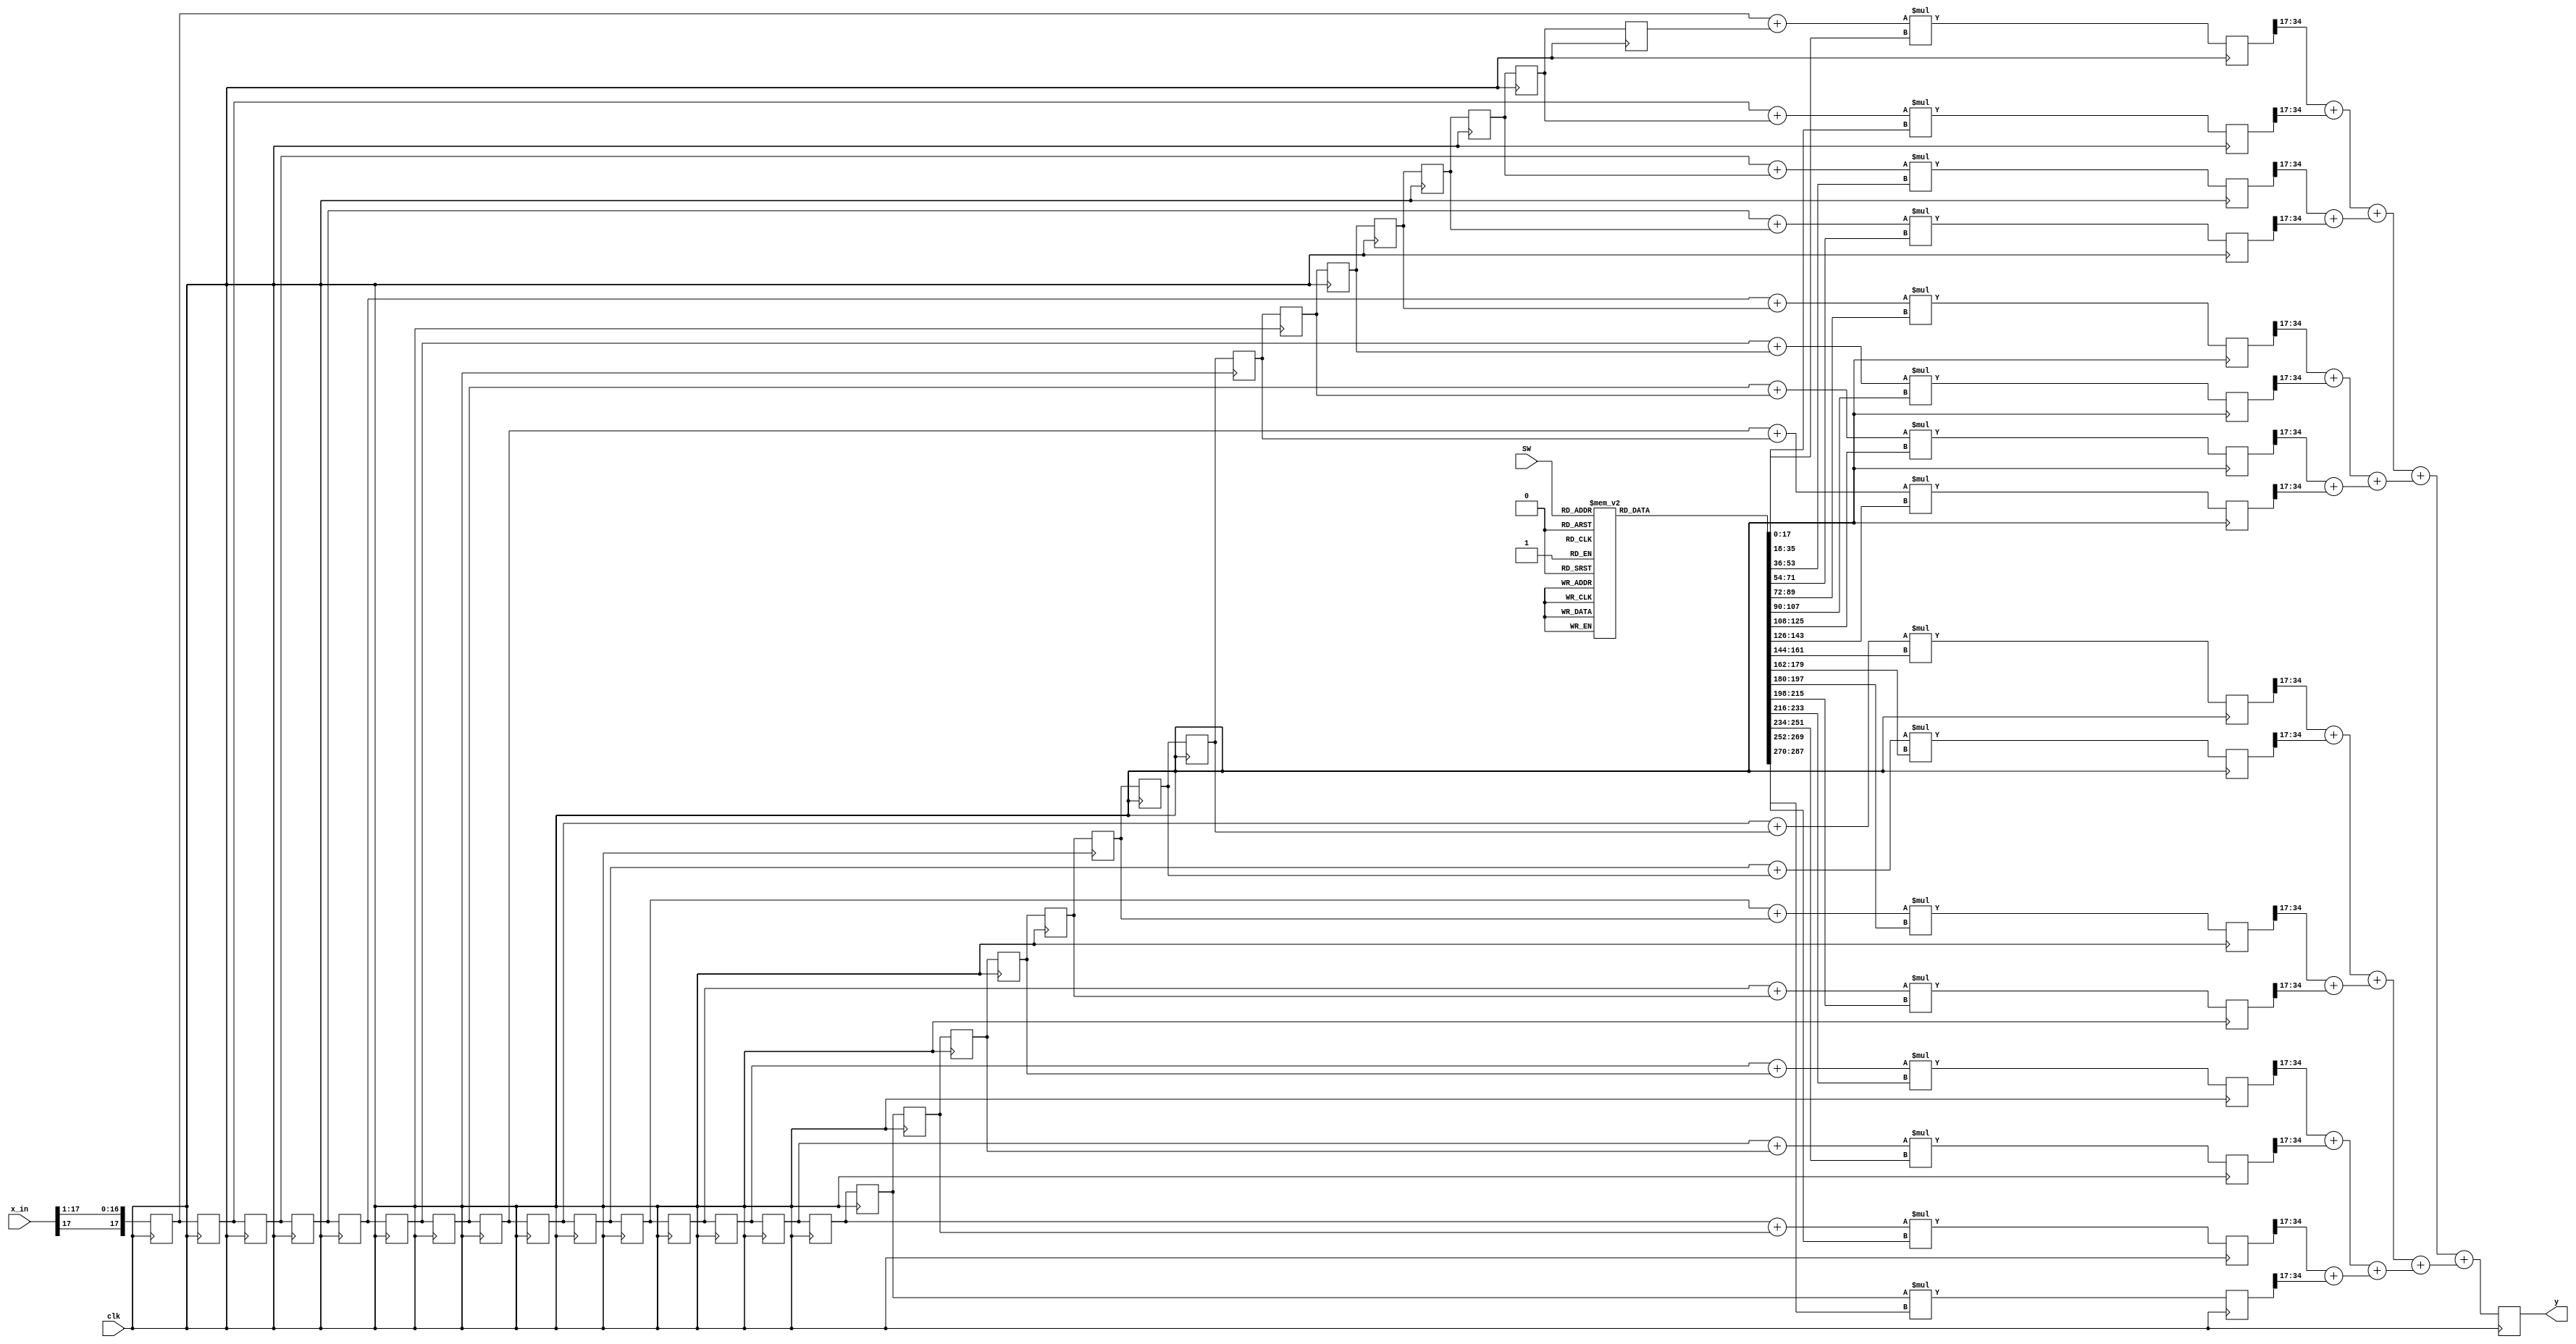
module approx_brick_wall_filt (
          input clk,
			 input [4:2] SW,
		   input signed [17:0] x_in,
		   output reg signed [17:0] y   );
			
/*
reg signed [17:0] b0, b1, b2, b3, b4, b5, b6, b7,
                  b8, b9, b10, b11, b12, b13, b14, b15;
reg signed [17:0] x0, x1, x2, x3, x4, x5, x6, x7, x8, x9,
                  x10, x11, x12, x13, x14, x15, x16, x17,
						x18, x19, 
						X20, X21, X2, X2, X2, X2, X2, 
						X2, X2, X2, 
*/
integer i;	
reg signed [17:0]	b[15:0];				 
reg signed [17:0]	x[30:0];	
reg signed [35:0] mult_out[15:0];
reg signed [17:0] sum_level_1[15:0];
reg signed [17:0] sum_level_2[7:0];
reg signed [17:0] sum_level_3[3:0];
reg signed [17:0] sum_level_4[1:0];
reg signed [17:0] sum_level_5;


always @ (posedge clk)
x[0] = { x_in[17], x_in[17:1]}; // sign extend input

always @ (posedge clk)
	begin
		for(i=1; i<31;i=i+1)
			x[i] <= x[i-1];
	end


always @ *
	for(i=0;i<=14;i=i+1)
		sum_level_1[i] = x[i]+x[30-i];

always @ *
	sum_level_1[15] = x[15];

// **** See lab 4's verilog files on structure ****
always @ (posedge clk)		//this was originally commented out, not sure if i should use it or not??
//always @ *
	for(i=0;i<=15; i=i+1)
		mult_out[i] = sum_level_1[i] * b[i];


always @ *
	for(i=0;i<=7;i=i+1)
		sum_level_2[i] = mult_out[2*i][34:17] + mult_out[2*i+1][34:17];



always @ *
	for(i=0;i<=3;i=i+1)
		sum_level_3[i] = sum_level_2[2*i] + sum_level_2[2*i+1];
			


always @ *
	for(i=0;i<=1;i=i+1)
		sum_level_4[i] = sum_level_3[2*i] + sum_level_3[2*i+1];


always @ *
	sum_level_5 = sum_level_4[0] + sum_level_4[1];

always @ (posedge clk)
y = sum_level_5;


//Lab 5
always @ *
	case(SW[4:2])
	
//Hann
   3'H0: begin
		b[0] =  18'sd   0;
		b[1] =  -18'sd   59;
		b[2] =  -18'sd   178;
		b[3] =   18'sd		  0;
		b[4] =   18'sd   804;
		b[5] =   18'sd	  1891;
		b[6] =   18'sd   2053;
		b[7] =   18'sd		  0;
		b[8] =  -18'sd   4220;
		b[9] =  -18'sd   8252;
		b[10] = -18'sd   8023;
		b[11] =  18'sd		  0;
		b[12] =  18'sd  16127;
		b[13] =  18'sd  36187;
		b[14] =  18'sd  52904;
		b[15]=   18'sd  59411;
		end
		
//Kaiser equivalent of a Hann window
	3'H1: begin
		b[0] =  -18'sd   356;
		b[1] =  -18'sd   831;
		b[2] =  -18'sd   889;
		b[3] =   18'sd		  0;
		b[4] =   18'sd   1757;
		b[5] =   18'sd	  3338;
		b[6] =   18'sd   3110;
		b[7] =   18'sd		  0;
		b[8] =  -18'sd   5235;
		b[9] =  -18'sd   9584;
		b[10] = -18'sd   8861;
		b[11] =  18'sd		  0;
		b[12] =  18'sd  16678;
		b[13] =  18'sd  36721;
		b[14] =  18'sd  53096;
		b[15]=   18'sd  59411;
		end

//Hamming
	3'H2: begin
		b[0] =  -18'sd   285;
		b[1] =  -18'sd   487;
		b[2] =  -18'sd   493;
		b[3] =   18'sd		  0;
		b[4] =   18'sd   1129;
		b[5] =   18'sd	  2345;
		b[6] =   18'sd  2364;
		b[7] =   18'sd		  0;
		b[8] =  -18'sd   4494;
		b[9] =  -18'sd   8600;
		b[10] = -18'sd   8237;
		b[11] =  18'sd		  0;
		b[12] =  18'sd   16263;
		b[13] =  18'sd  36318;
		b[14] =  18'sd  52951;
		b[15]=   18'sd  59411;
		end
		
//Kaiser equivalent of a Hamming window
	3'H3: begin
		b[0] =  -18'sd   148;
		b[1] =  -18'sd   431;
		b[2] =  -18'sd   532;
		b[3] =   18'sd		  0;
		b[4] =   18'sd   1267;
		b[5] =   18'sd	  2574;
		b[6] =   18'sd   2537;
		b[7] =   18'sd		  0;
		b[8] =  -18'sd   4655;
		b[9] =  -18'sd  8805;
		b[10] = -18'sd  8362;
		b[11] =  18'sd		  0;
		b[12] =  18'sd  16339;
		b[13] =  18'sd  36390;
		b[14] =  18'sd  52976;
		b[15]=   18'sd  59411;
		end

//Blackman
	3'H4: begin
		b[0] =  -18'sd   0;
		b[1] =  -18'sd   22;
		b[2] =  -18'sd   69;
		b[3] =   18'sd		  0;
		b[4] =   18'sd   375;
		b[5] =   18'sd	  983;
		b[6] =   18'sd  1193;
		b[7] =   18'sd		  0;
		b[8] =  -18'sd   3011;
		b[9] =  -18'sd   6427;
		b[10] = -18'sd   6740;
		b[11] =  18'sd		  0;
		b[12] =  18'sd   15141;
		b[13] =  18'sd  35186;
		b[14] =  18'sd  52534;
		b[15]=   18'sd  59411;
		end
		
//Kaiser equivalent of a Blackman window
	3'H5: begin
		b[0] =  -18'sd   20;
		b[1] =  -18'sd   104;
		b[2] =  -18'sd   175;
		b[3] =   18'sd		  0;
		b[4] =   18'sd   626;
		b[5] =   18'sd	  1470;
		b[6] =   18'sd   1634;
		b[7] =   18'sd		  0;
		b[8] =  -18'sd   3612;
		b[9] =  -18'sd   7331;
		b[10] = -18'sd   7375;
		b[11] =  18'sd		  0;
		b[12] =  18'sd  15631;
		b[13] =  18'sd  35684;
		b[14] =  18'sd  52718;
		b[15]=   18'sd  59411;
		end

//Rectangular
	3'H6: begin
		b[0] =  -18'sd   3566;
		b[1] =  -18'sd   5403;
		b[2] =  -18'sd   4114;
		b[3] =   18'sd		  0;
		b[4] =   18'sd   4863;
		b[5] =   18'sd	  7564;
		b[6] =   18'sd   5943;
		b[7] =   18'sd		  0;
		b[8] =  -18'sd   7641;
		b[9] =  -18'sd  12607;
		b[10] = -18'sd  10698;
		b[11] =  18'sd		  0;
		b[12] =  18'sd  17829;
		b[13] =  18'sd  37822;
		b[14] =  18'sd  53488;
		b[15]=   18'sd  59411;
		end
		
//Kaiser window for pre-lab design filter
	3'H7: begin
		b[0] =  18'sd   0;
		b[1] =  18'sd   518;
		b[2] =  18'sd   1343;
		b[3] =   18'sd		1569;
		b[4] =   18'sd  0;
		b[5] =   -18'sd	3603;
		b[6] =   -18'sd   7352;
		b[7] =   -18'sd		  7408;
		b[8] =  18'sd   0;
		b[9] =  18'sd  15673;
		b[10] = 18'sd  35732;
		b[11] =  18'sd		52737;
		b[12] =  18'sd  59411;
		b[13] =  18'sd  52737;
		b[14] =  18'sd  35732;
		b[15]=   18'sd  15673;
		end
		
endcase

/* for debugging
always@ *
for (i=0; i<=15; i=i+1)
if (i==15) % center coefficient
b[i] = 18'sd 131071; % almost 1 i.e. 1-2^(17)
else b[i] =18'sd0; % other than center coefficient
*/

/* for debugging
always@ *
for (i=0; i<=15; i=i+1)
 b[i] =18'sd 8192; % value of 1/16
*/
endmodule